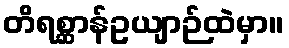
တိရစ္ဆာန်ဥယျာဉ်ထဲမှာ။